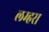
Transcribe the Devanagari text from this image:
लम्हरा